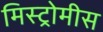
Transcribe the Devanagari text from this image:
मिस्ट्रोमीस